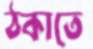
ঠকাতে